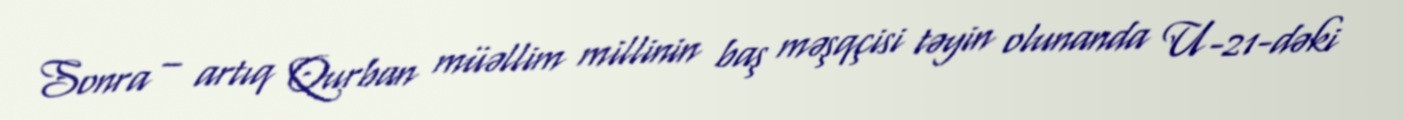
Sonra – artıq Qurban müəllim millinin baş məşqçisi təyin olunanda U-21-dəki